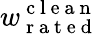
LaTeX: w_{\mathrm{~r~a~t~e~d~}}^{\mathrm{~c~l~e~a~n~}}